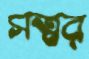
সত্বর